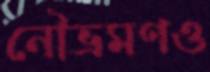
নৌভ্রমণও